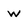
Character: W